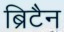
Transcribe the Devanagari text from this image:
ब्रिटैन